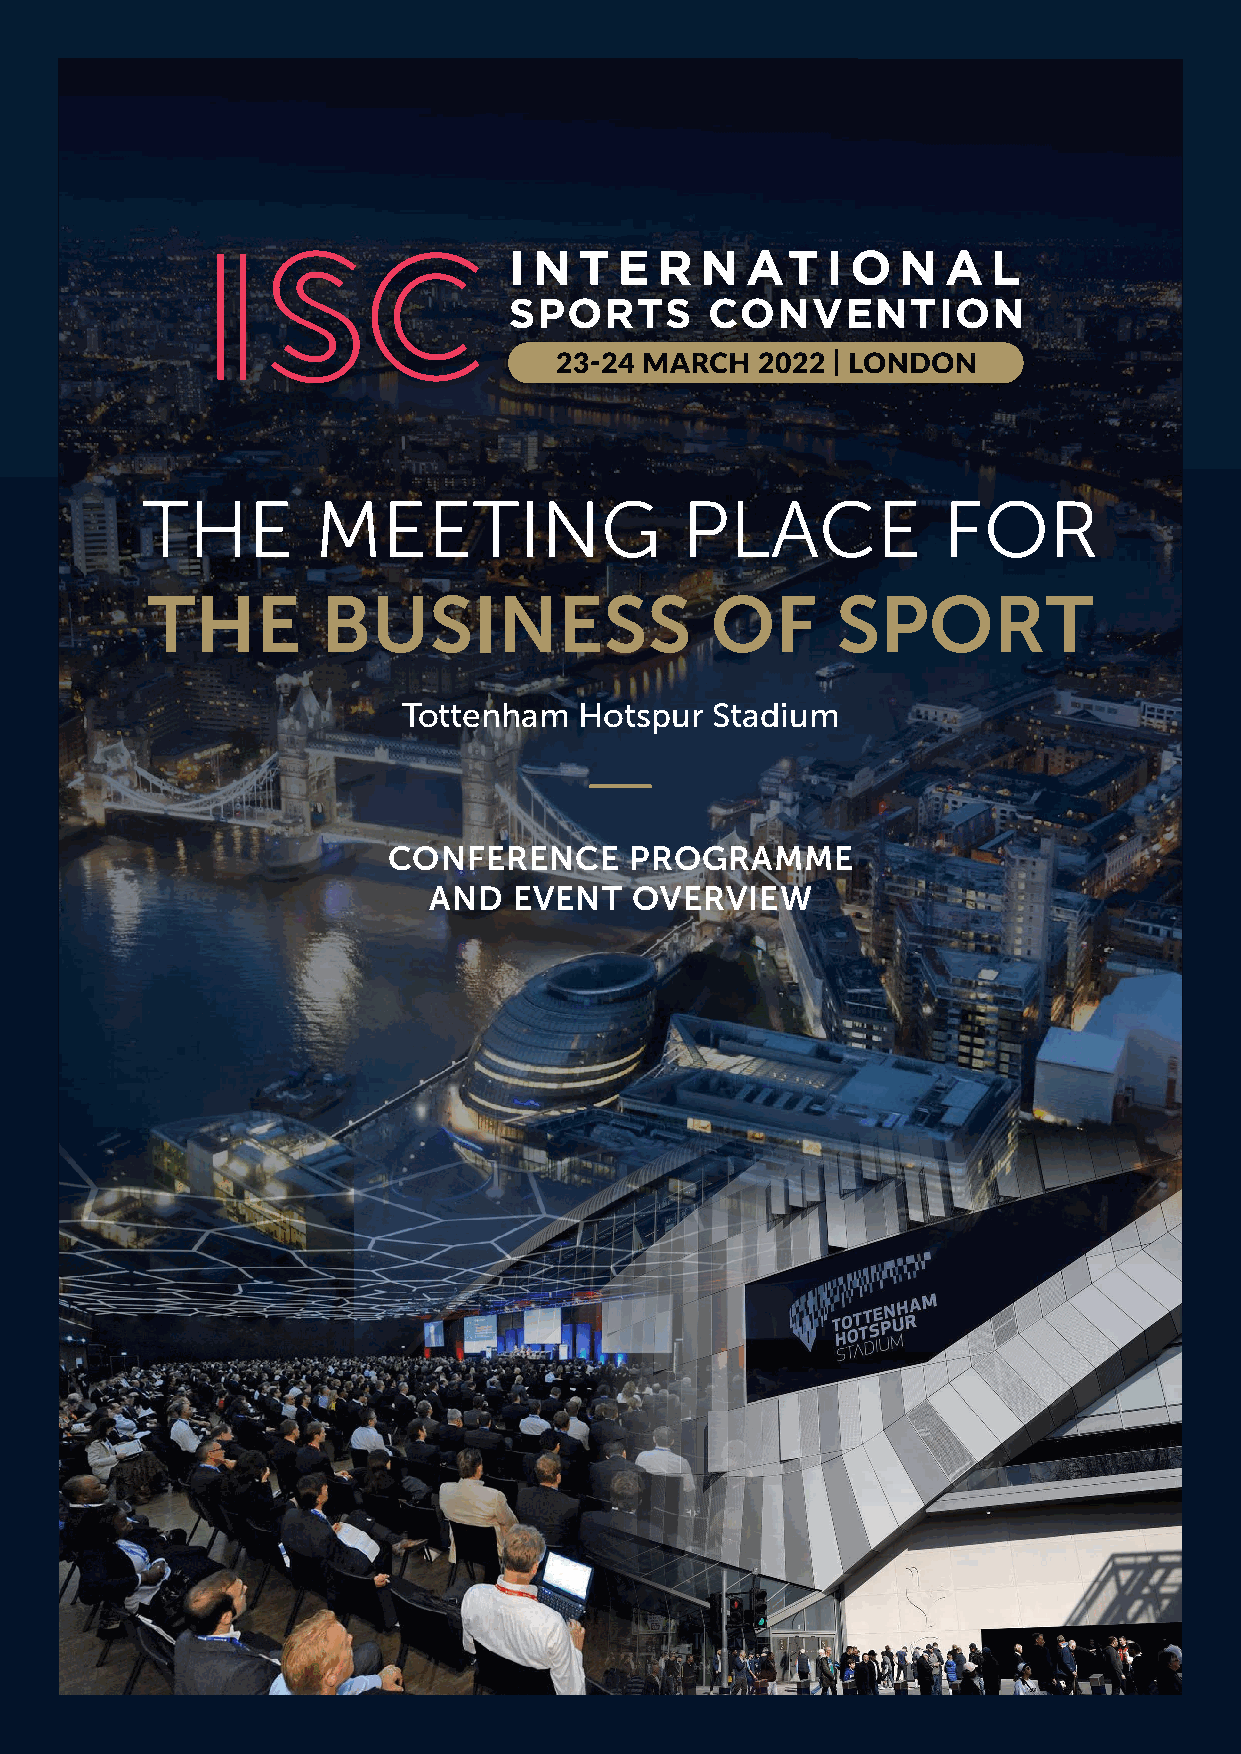
THE         MEETING                 PLACE            FOR
 THE        BUSINESS                  OF      SPORT
 Tottenham  Hotspur  Stadium
 CONFERENCE      PROGRAMME
 AND   EVENT   OVERVIEW